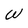
Character: W